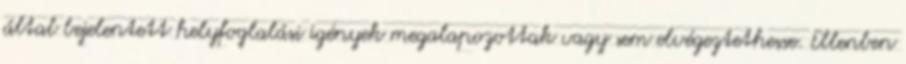
által bejelentett helyfoglalási igények megalapozottak vagy sem elvégeztethesse. Ellenben